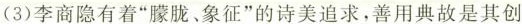
(3)李商隐有着”朦胧、象征”的诗美追求，善用典故是其创